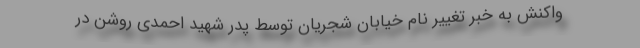
واکنش به خبر تغییر نام خیابان شجریان توسط پدر شهید احمدی روشن در